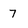
Character: 7